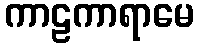
ကာဠကာရာမေ